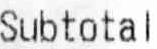
SUBTOTAL